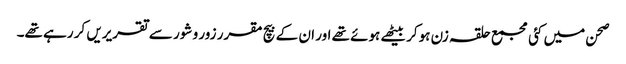
صحن میں کئی مجمع حلقہ زن ہوکر بیٹھے ہوئے تھے اور ان کے بیچ مقرر زور و شور سے تقریریں کر رہے تھے۔